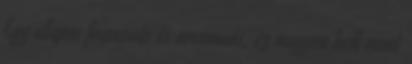
Egy alapos fogmosás és arcmosás, ez nagyon kell most